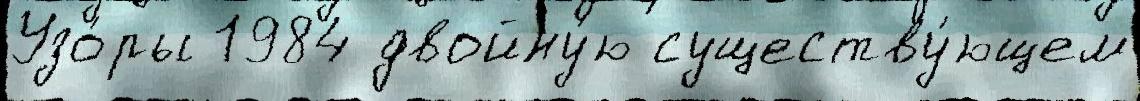
Узо́ры 1984 двойну́ю существу́ющем